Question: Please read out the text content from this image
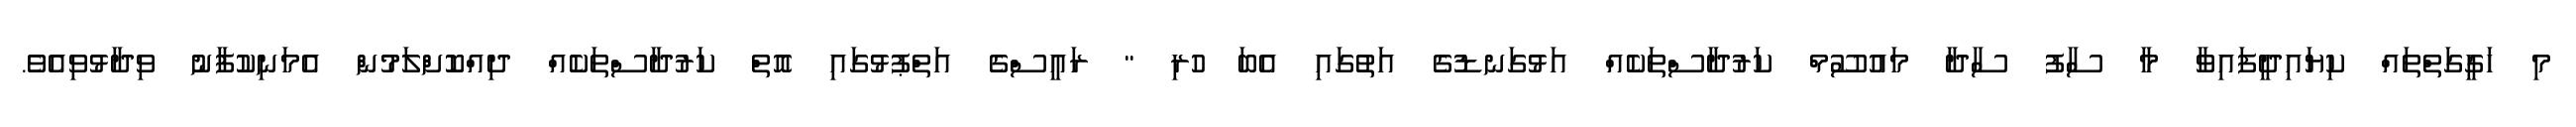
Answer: މި ހަގީގަތްތައް ކިޔައިދީފައިވާ މާ ސާފު ސާދާ މައުސޫމް ކަރުދާސްތަކެއް އަޅުގަނޑުގެ އަތުގައި އެބަ ހުރި " ރައީސްގެ އަތްޕުޅުގައި އޮތް ކަރުދާސްތަކެއް ދިއްކޮށްލަމުން އެމަނިކުފާނު ވިދާޅުވިއެވެ.